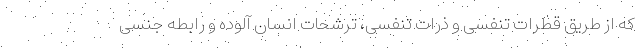
که از طریق قطرات تنفسی و ذرات تنفسی، ترشحات انسان آلوده و رابطه جنسی